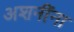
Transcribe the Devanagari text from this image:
अशनींना